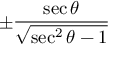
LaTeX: \pm { \frac { \sec \theta } { \sqrt { \sec ^ { 2 } \theta - 1 } } }